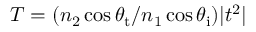
T = ( n _ { 2 } \cos \theta _ { \mathrm { t } } / n _ { 1 } \cos \theta _ { \mathrm { i } } ) | t ^ { 2 } |